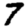
Digit: 7